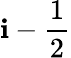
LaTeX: \mathbf{i}-\frac{{1}}{{2}}